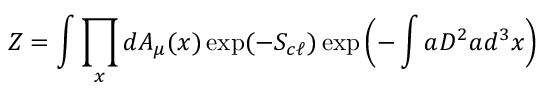
Z = \int \prod _ { x } d { \cal A } _ { \mu } ( x ) \exp ( - S _ { c \ell } ) \exp \left( - \int a D ^ { 2 } a d ^ { 3 } x \right)